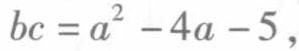
\(bc = a^{2}-4a - 5\)